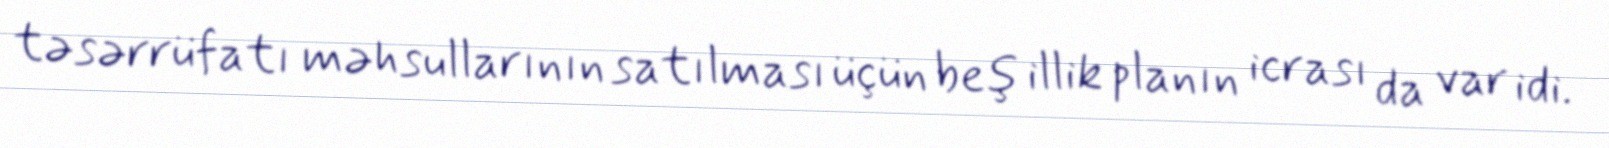
təsərrüfatı məhsullarının satılması üçün beş illik planın icrası da var idi.